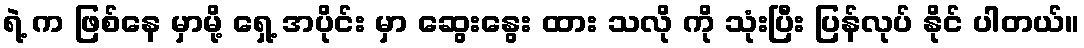
ရဲ့ က ဖြစ်နေ မှာမို့ ရှေ့ အပိုင်း မှာ ဆွေးနွေး ထား သလို ကို သုံးပြီး ပြန်လုပ် နိုင် ပါတယ်။